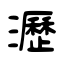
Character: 瀝